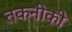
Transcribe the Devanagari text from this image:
तकनीकी